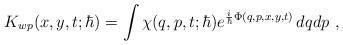
LaTeX: \begin{align*}K_{wp}(x,y,t;\hbar)=\int \chi(q,p,t;\hbar)e^{\frac{i}{\hbar} \Phi(q,p,x,y,t)}\,dqdp \ ,\end{align*}